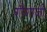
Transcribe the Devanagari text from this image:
गौगाजी